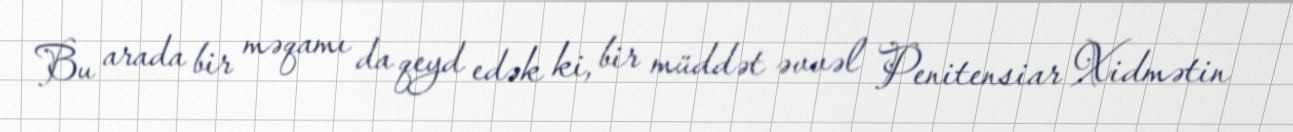
Bu arada bir məqamı da qeyd edək ki, bir müddət əvvəl Penitensiar Xidmətin